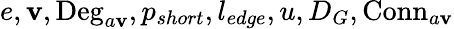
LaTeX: e,\mathbf{v},\textrm{{Deg}}_{a\mathbf{v}},p_{short},l_{edge},u,D_{G},\textrm{{Conn}}_{a\mathbf{v}}